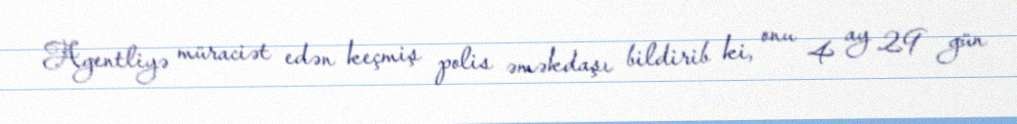
Agentliyə müraciət edən keçmiş polis əməkdaşı bildirib ki, onu 4 ay 29 gün